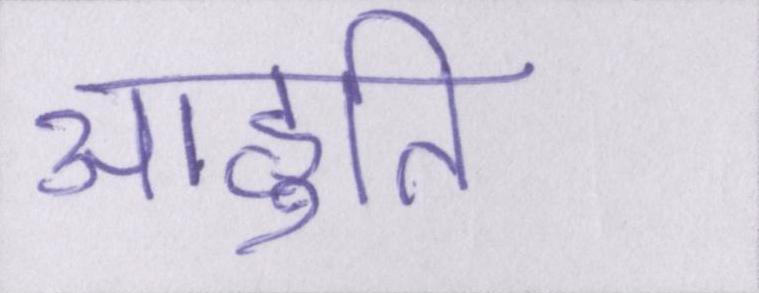
आहुति